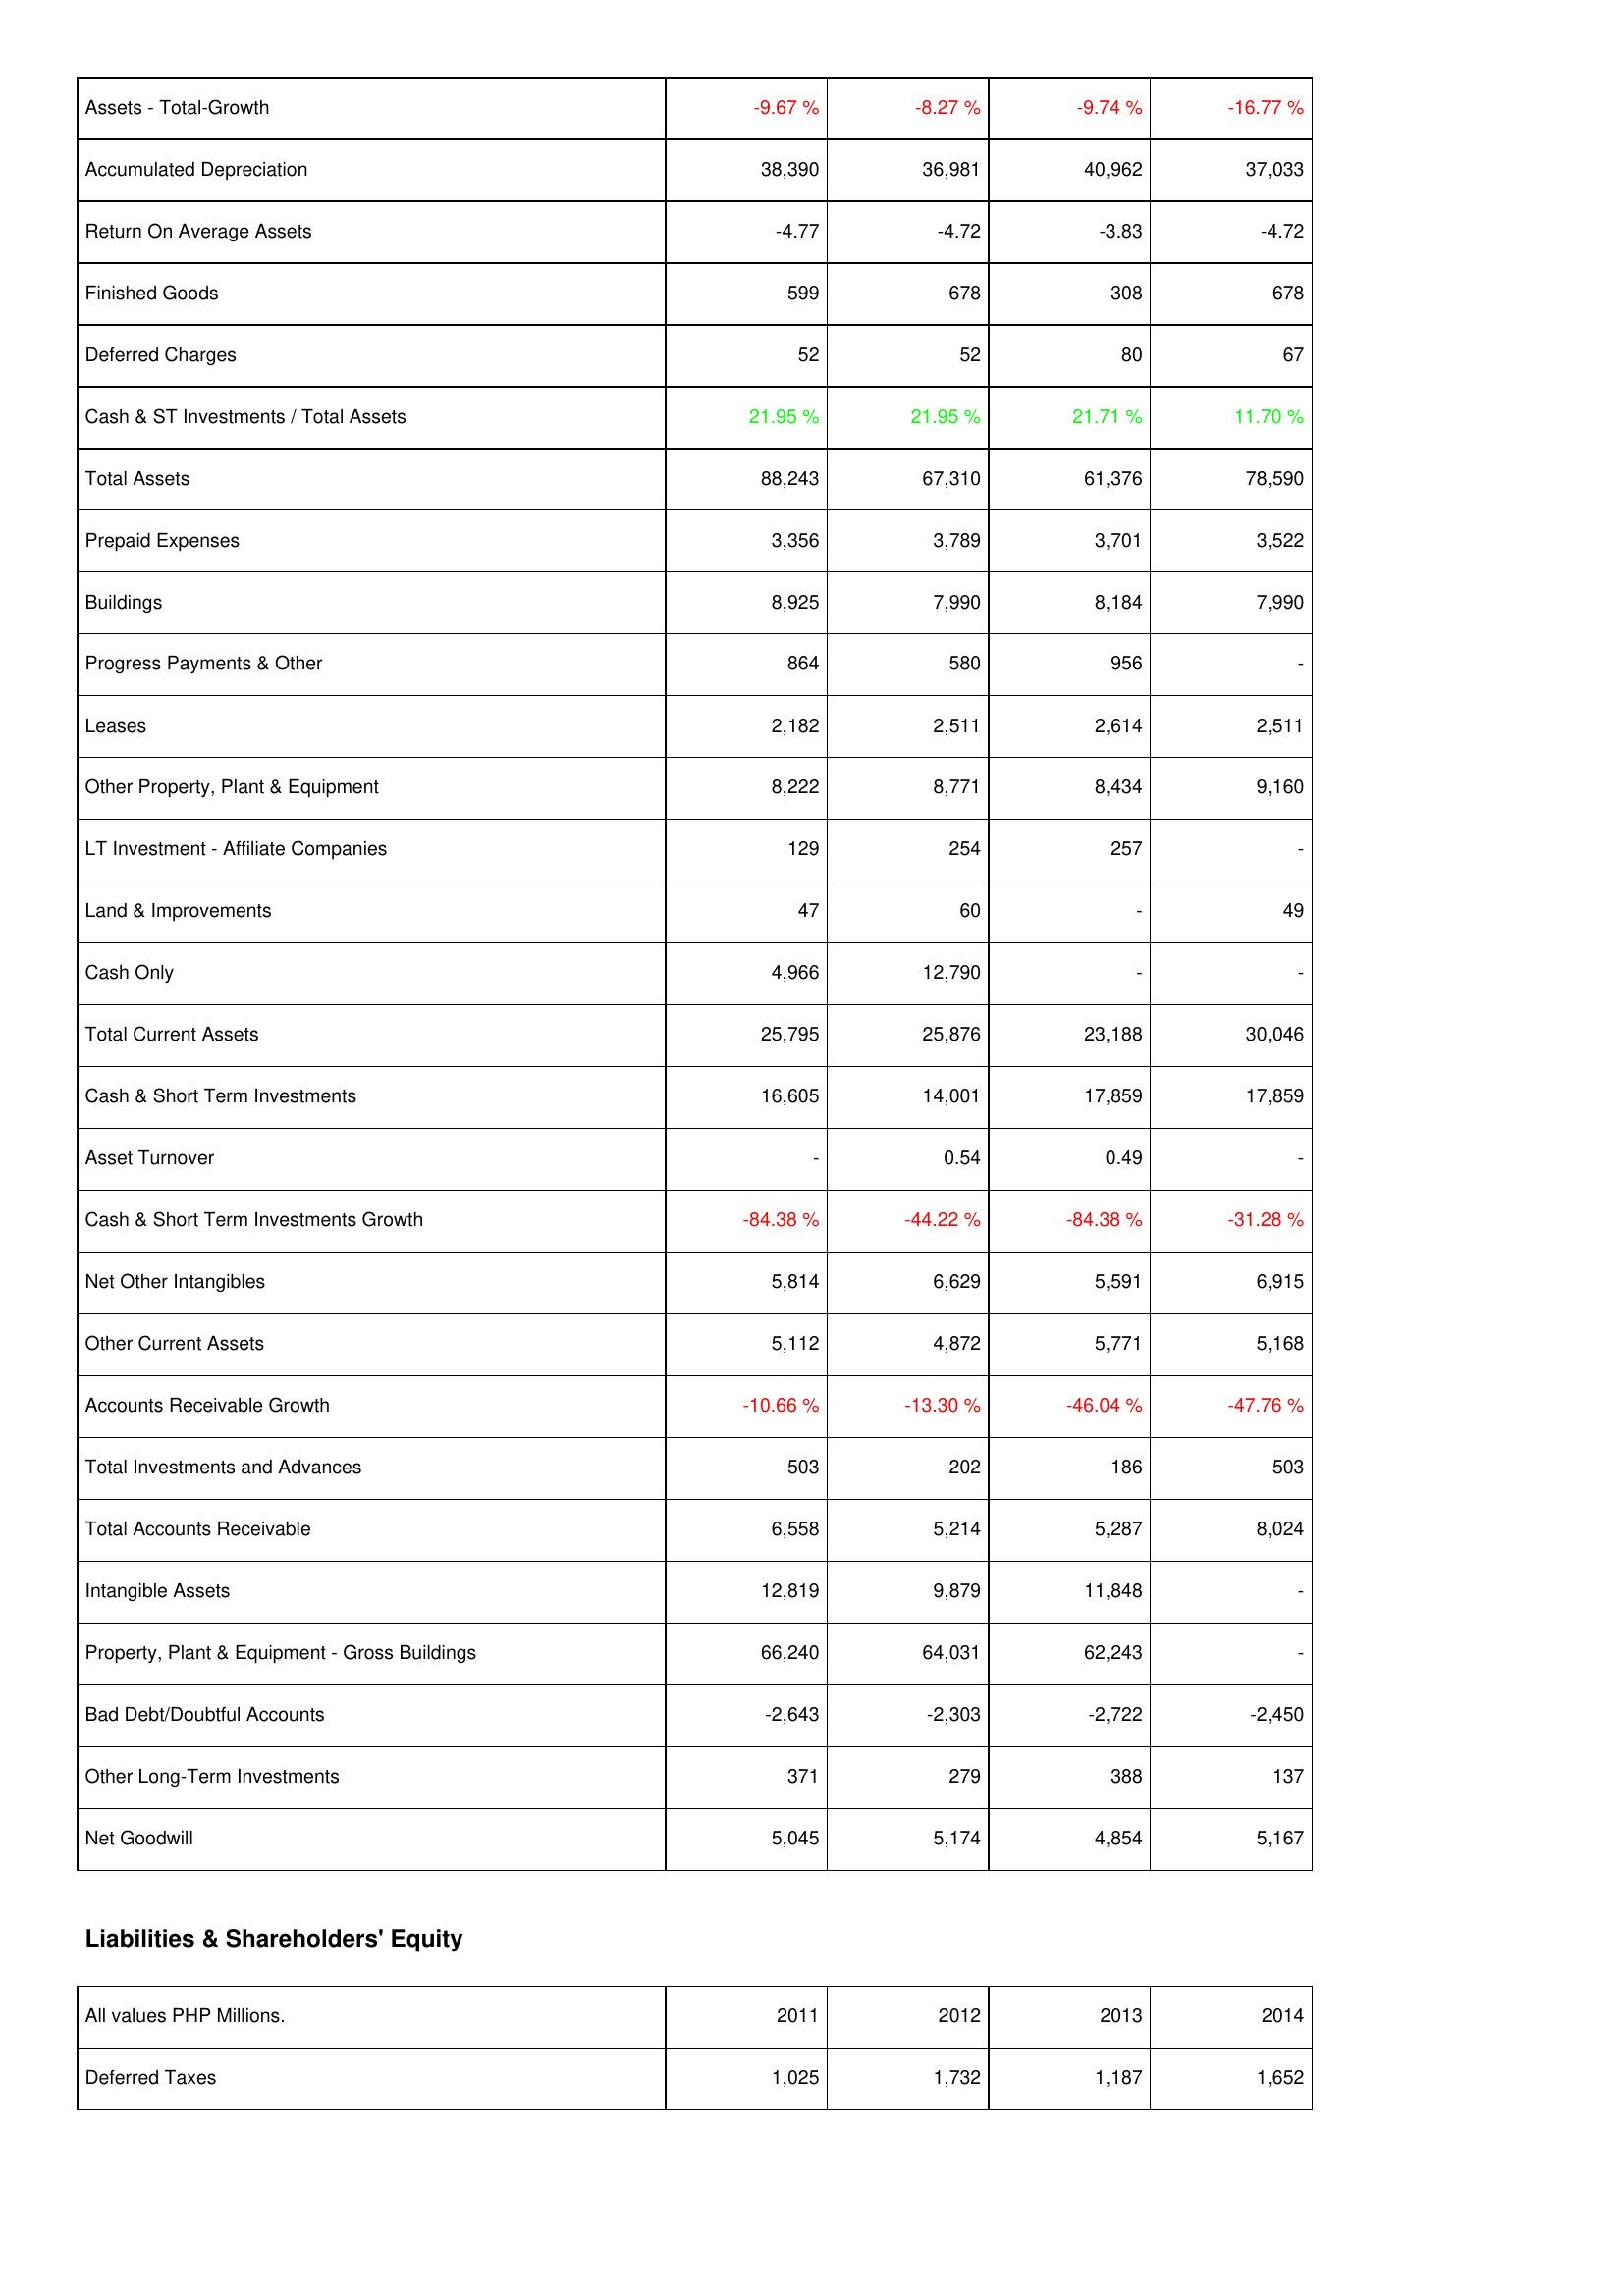
2011: Assets: Assets - Total-Growth: -9.67 %
Accumulated Depreciation: 38,390
Return On Average Assets: -4.77
Finished Goods: 599
Deferred Charges: 52
Cash & ST Investments / Total Assets: 21.95 %
Total Assets: 88,243
Prepaid Expenses: 3,356
Buildings: 8,925
Progress Payments & Other: 864
Leases: 2,182
Other Property, Plant & Equipment: 8,222
LT Investment - Affiliate Companies: 129
Land & Improvements: 47
Cash Only: 4,966
Total Current Assets: 25,795
Cash & Short Term Investments: 16,605
Asset Turnover: -
Cash & Short Term Investments Growth: -84.38 %
Net Other Intangibles: 5,814
Other Current Assets: 5,112
Accounts Receivable Growth: -10.66 %
Total Investments and Advances: 503
Total Accounts Receivable: 6,558
Intangible Assets: 12,819
Property, Plant & Equipment - Gross Buildings: 66,240
Bad Debt/Doubtful Accounts: -2,643
Other Long-Term Investments: 371
Net Goodwill: 5,045
Liabilities & Shareholders' Equity: Deferred Taxes: 1,025
2012: Assets: Assets - Total-Growth: -8.27 %
Accumulated Depreciation: 36,981
Return On Average Assets: -4.72
Finished Goods: 678
Deferred Charges: 52
Cash & ST Investments / Total Assets: 21.95 %
Total Assets: 67,310
Prepaid Expenses: 3,789
Buildings: 7,990
Progress Payments & Other: 580
Leases: 2,511
Other Property, Plant & Equipment: 8,771
LT Investment - Affiliate Companies: 254
Land & Improvements: 60
Cash Only: 12,790
Total Current Assets: 25,876
Cash & Short Term Investments: 14,001
Asset Turnover: 0.54
Cash & Short Term Investments Growth: -44.22 %
Net Other Intangibles: 6,629
Other Current Assets: 4,872
Accounts Receivable Growth: -13.30 %
Total Investments and Advances: 202
Total Accounts Receivable: 5,214
Intangible Assets: 9,879
Property, Plant & Equipment - Gross Buildings: 64,031
Bad Debt/Doubtful Accounts: -2,303
Other Long-Term Investments: 279
Net Goodwill: 5,174
Liabilities & Shareholders' Equity: Deferred Taxes: 1,732
2013: Assets: Assets - Total-Growth: -9.74 %
Accumulated Depreciation: 40,962
Return On Average Assets: -3.83
Finished Goods: 308
Deferred Charges: 80
Cash & ST Investments / Total Assets: 21.71 %
Total Assets: 61,376
Prepaid Expenses: 3,701
Buildings: 8,184
Progress Payments & Other: 956
Leases: 2,614
Other Property, Plant & Equipment: 8,434
LT Investment - Affiliate Companies: 257
Land & Improvements: -
Cash Only: -
Total Current Assets: 23,188
Cash & Short Term Investments: 17,859
Asset Turnover: 0.49
Cash & Short Term Investments Growth: -84.38 %
Net Other Intangibles: 5,591
Other Current Assets: 5,771
Accounts Receivable Growth: -46.04 %
Total Investments and Advances: 186
Total Accounts Receivable: 5,287
Intangible Assets: 11,848
Property, Plant & Equipment - Gross Buildings: 62,243
Bad Debt/Doubtful Accounts: -2,722
Other Long-Term Investments: 388
Net Goodwill: 4,854
Liabilities & Shareholders' Equity: Deferred Taxes: 1,187
2014: Assets: Assets - Total-Growth: -16.77 %
Accumulated Depreciation: 37,033
Return On Average Assets: -4.72
Finished Goods: 678
Deferred Charges: 67
Cash & ST Investments / Total Assets: 11.70 %
Total Assets: 78,590
Prepaid Expenses: 3,522
Buildings: 7,990
Progress Payments & Other: -
Leases: 2,511
Other Property, Plant & Equipment: 9,160
LT Investment - Affiliate Companies: -
Land & Improvements: 49
Cash Only: -
Total Current Assets: 30,046
Cash & Short Term Investments: 17,859
Asset Turnover: -
Cash & Short Term Investments Growth: -31.28 %
Net Other Intangibles: 6,915
Other Current Assets: 5,168
Accounts Receivable Growth: -47.76 %
Total Investments and Advances: 503
Total Accounts Receivable: 8,024
Intangible Assets: -
Property, Plant & Equipment - Gross Buildings: -
Bad Debt/Doubtful Accounts: -2,450
Other Long-Term Investments: 137
Net Goodwill: 5,167
Liabilities & Shareholders' Equity: Deferred Taxes: 1,652